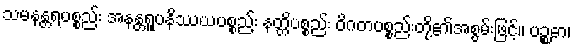
သမနန္တရပစ္စည်း အနန္တရူပနိဿယပစ္စည်း နတ္တိပစ္စည်း ဝိဂတပစ္စည်းတို့၏အစွမ်းဖြင့်။ ပဉ္စဓာ၊